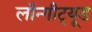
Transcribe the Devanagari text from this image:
लॉन्गीट्यूड